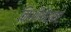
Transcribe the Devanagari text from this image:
निशीथेश्वरं